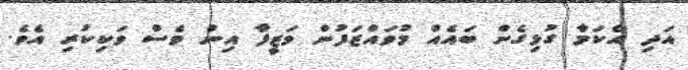
އަދި އެކަމާ ގުޅިގެން ބައެއް މުވައްޒަފުން ވަޒީފާ އިން ވެސް ވަކިކުރި އެވެ.